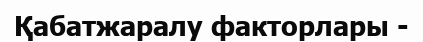
Қабатжаралу факторлары -